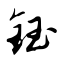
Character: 钰